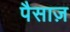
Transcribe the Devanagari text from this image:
पैसाज़